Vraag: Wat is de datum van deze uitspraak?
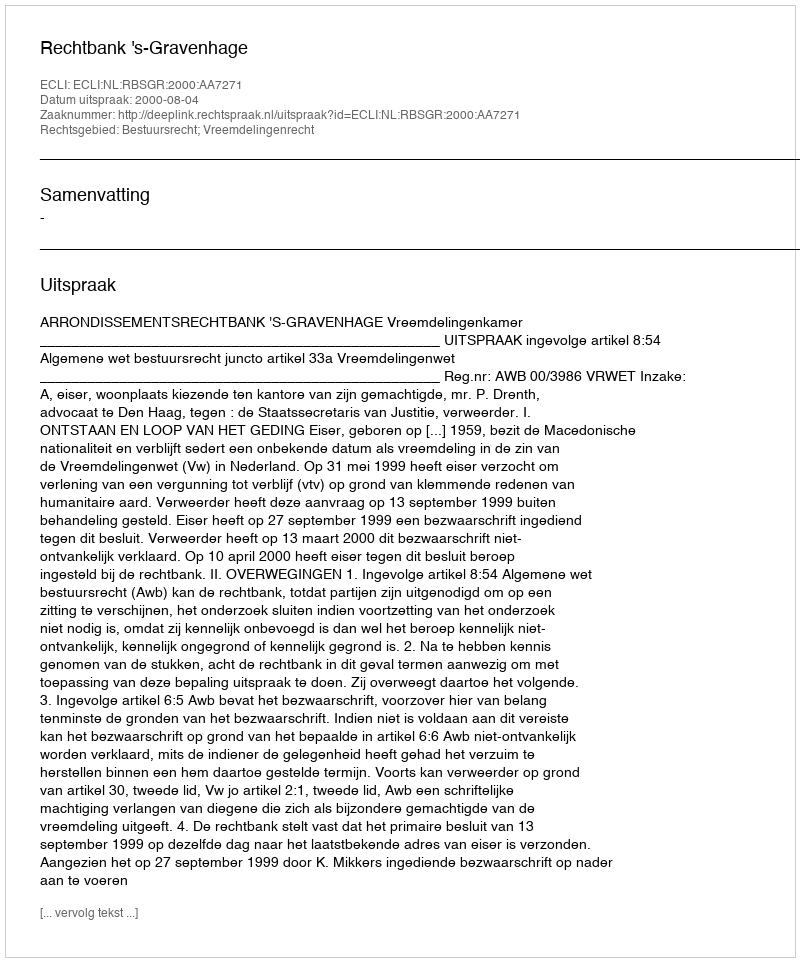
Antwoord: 2000-08-04